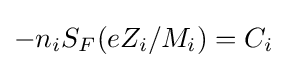
-n_{i}S_{F}(eZ_{i}/M_{i})=C_{i}